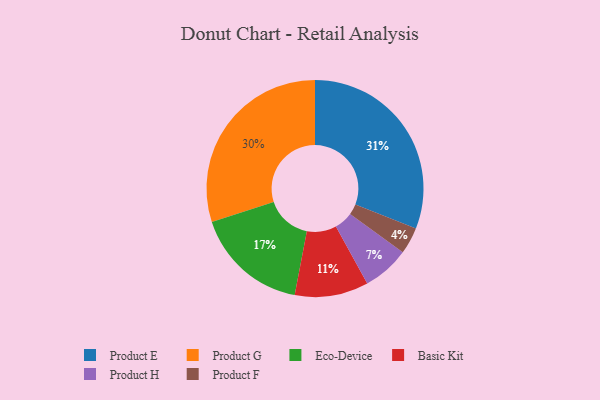
{"axis": {"x": "Category", "y": "Percentage"}, "legend": ["Basic Kit", "Eco-Device", "Product E", "Product F", "Product G", "Product H"], "data": [{"x": "Product H", "y": 7, "type": "Product H"}, {"x": "Product E", "y": 31, "type": "Product E"}, {"x": "Eco-Device", "y": 17, "type": "Eco-Device"}, {"x": "Product G", "y": 30, "type": "Product G"}, {"x": "Basic Kit", "y": 11, "type": "Basic Kit"}, {"x": "Product F", "y": 4, "type": "Product F"}]}